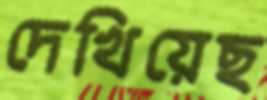
দেখিয়েছ